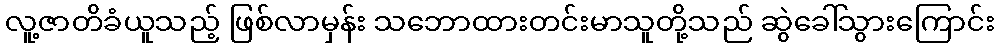
လူ့ဇာတိခံယူသည့် ဖြစ်လာမှန်း သဘောထားတင်းမာသူတို့သည် ဆွဲခေါ်သွားကြောင်း